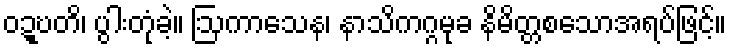
ဝဍ္ဎတိ၊ ပွါးတုံခဲ့။ ဩကာသေန၊ နာသိကဂ္ဂမုခ နိမိတ္တစသောအရပ်ဖြင့်။